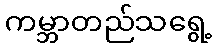
ကမ္ဘာတည်သရွေ့